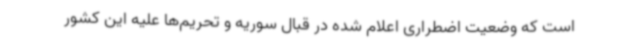
است که وضعیت اضطراری اعلام شده در قبال سوریه و تحریم‌ها علیه این کشور